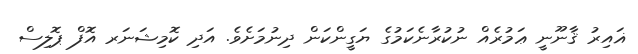
ޣައިރު ޤާނޫނީ ޢަމުރެއް ނުކުރާނެކަމުގެ ޔަގީންކަން ދިނުމަށެވެ. އަދި ކޮމިޝަނަރ އޮފް ޕޮލިސް